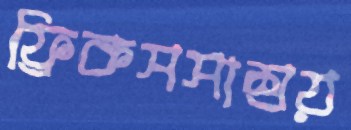
ফ্রিকসসাশ্রয়